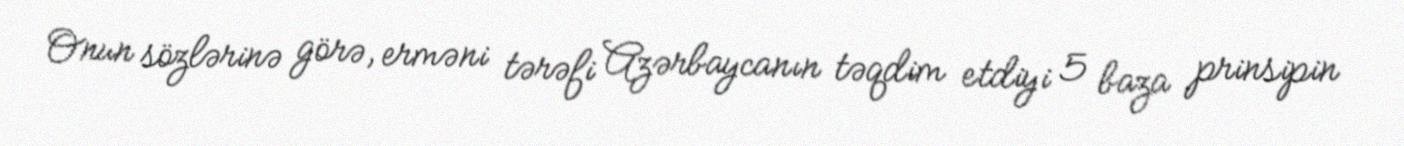
Onun sözlərinə görə, erməni tərəfi Azərbaycanın təqdim etdiyi 5 baza prinsipin